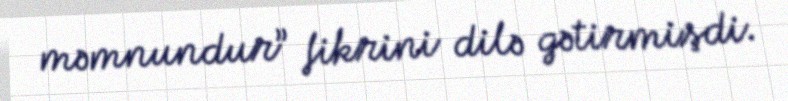
məmnundur” fikrini dilə gətirmişdi.